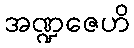
အဏ္ဍဇေဟိ